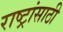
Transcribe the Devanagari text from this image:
राष्ट्रांसाठी